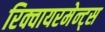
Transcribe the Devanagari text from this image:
रिक्वायरमेन्ट्स